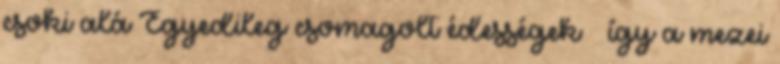
csoki alá Egyedileg csomagolt édességek – így a mezei